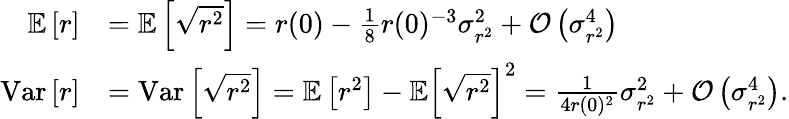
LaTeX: \begin{array}{rl}{\mathbb{E}\left[r\right]}&{=\mathbb{E}\left[\sqrt{r^{2}}\right]=r(0)-\frac{1}{8}r(0)^{-3}\sigma_{r^{2}}^{2}+\mathcal{O}\left(\sigma_{r^{2}}^{4}\right)}\\ {\mathrm{Var}\left[r\right]}&{=\mathrm{Var}\left[\sqrt{r^{2}}\right]=\mathbb{E}\left[r^{2}\right]-\mathbb{E}\left[\sqrt{r^{2}}\right]^{2}=\frac{1}{4r(0)^{2}}\sigma_{r^{2}}^{2}+\mathcal{O}\left(\sigma_{r^{2}}^{4}\right).}\end{array}